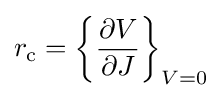
r_{\text{c}}=\left\{{\frac {\partial V}{\partial J}}\right\}_{V=0}